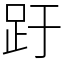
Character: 趶